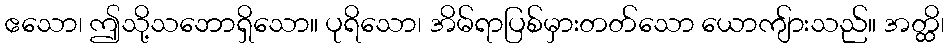
ဧသော၊ ဤသို့သဘောရှိသော။ ပုရိသော၊ အိမ်ရာပြစ်မှားတတ်သော ယောကျ်ားသည်။ အတ္ထိ၊